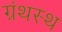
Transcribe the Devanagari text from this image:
ग्रंथस्थ